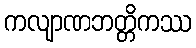
ကလျာဏဘတ္တိကဿ